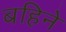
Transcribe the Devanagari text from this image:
बहिने